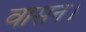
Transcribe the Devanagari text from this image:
वासन।